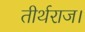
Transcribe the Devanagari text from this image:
तीर्थराज।